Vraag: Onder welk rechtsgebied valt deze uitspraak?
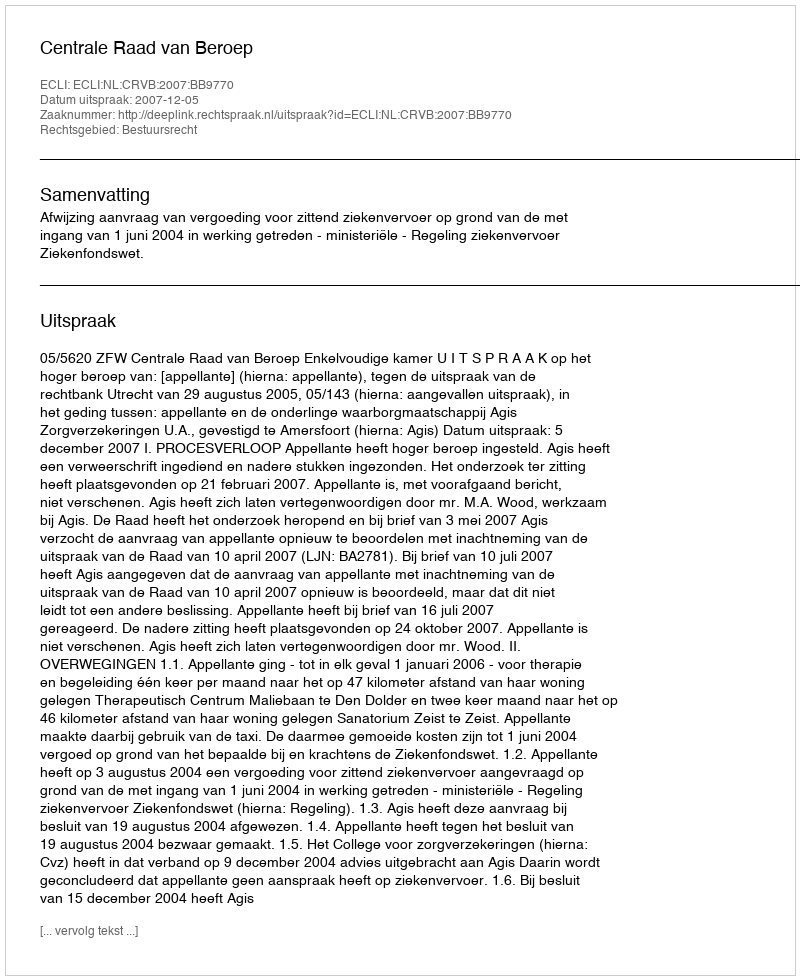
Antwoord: Bestuursrecht